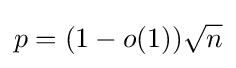
p=(1-o(1)){\sqrt {n}}